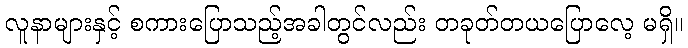
လူနာများနှင့် စကားပြောသည့်အခါတွင်လည်း တခုတ်တယပြောလေ့ မရှိ။